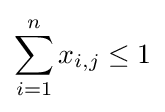
\sum _{i=1}^{n}x_{i,j}\leq 1